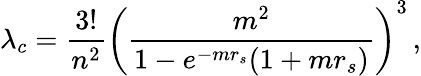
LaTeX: \lambda_{c}=\frac{3!}{n^{2}}\left(\frac{m^{2}}{1-e^{-mr_{s}}(1+mr_{s})}\right)^{3}\, ,